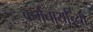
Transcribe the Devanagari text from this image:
कर्मचार्यांच्या